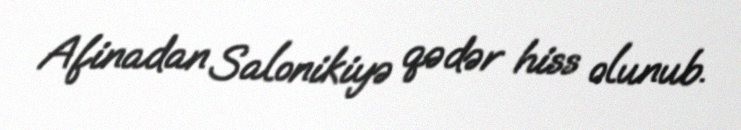
Afinadan Salonikiyə qədər hiss olunub.